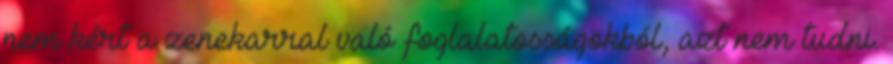
nem kért a zenekarral való foglalatosságokból, azt nem tudni.